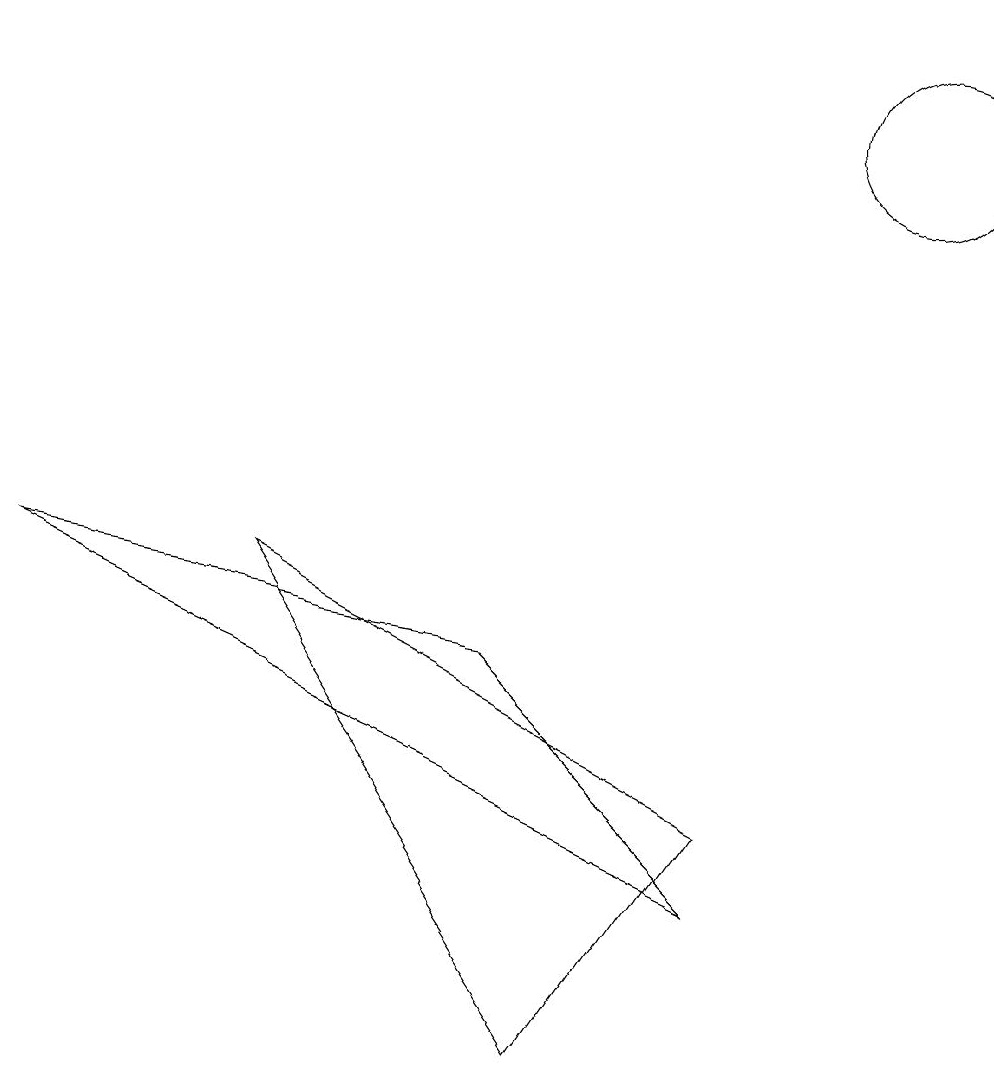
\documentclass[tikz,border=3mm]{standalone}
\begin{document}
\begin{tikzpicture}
\draw (3,6) -- (7,0) -- (9,3) -- cycle;
\draw (9,2) -- (6,5) -- (0,6) -- cycle;
\draw (11,10) circle (0);
\draw (11,12) circle (1);
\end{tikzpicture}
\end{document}